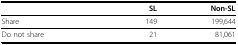
<table><thead><tr><td></td><td><b>SL</b></td><td><b>Non-SL</b></td></tr></thead><tbody><tr><td>Share</td><td>149</td><td>199,644</td></tr><tr><td>Do not share</td><td>21</td><td>81,061</td></tr></tbody></table>